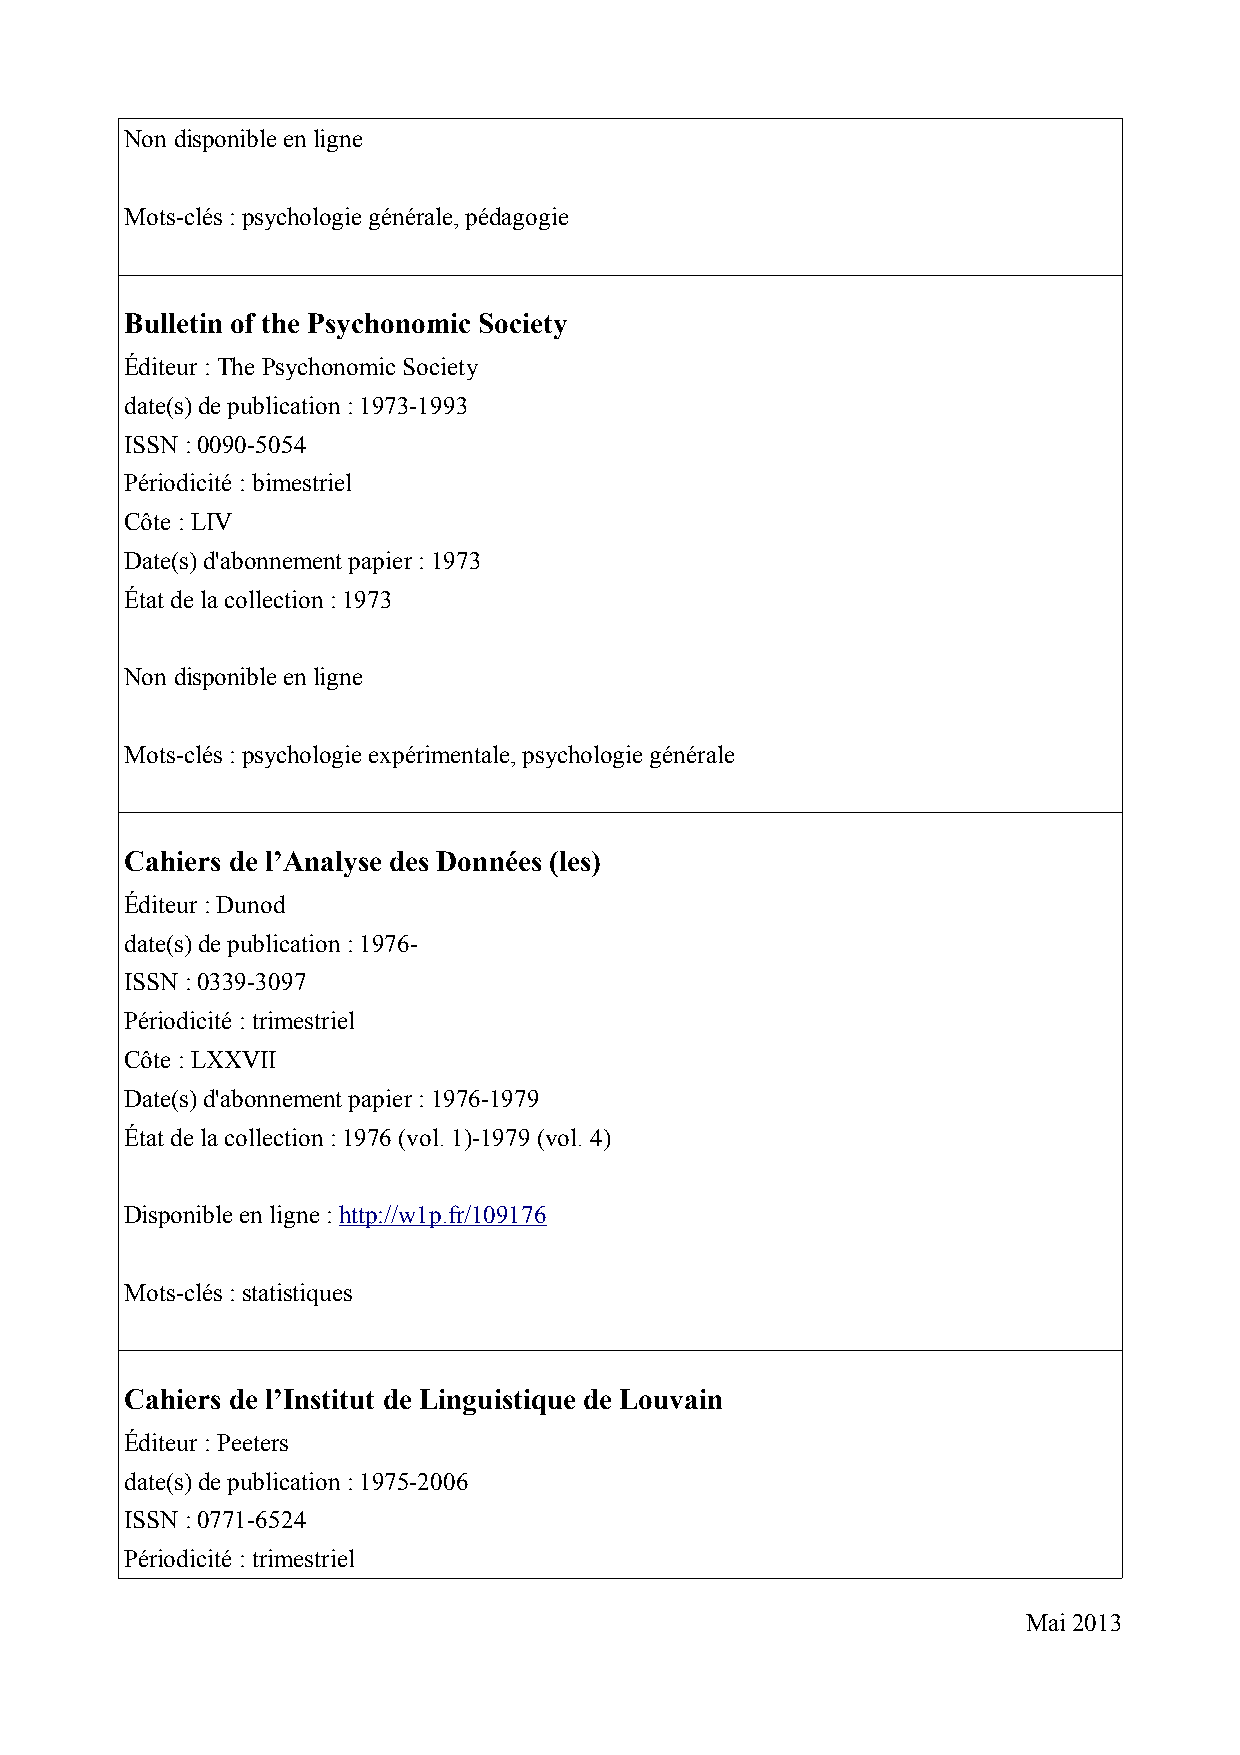
Non disponible en ligne
 Mots-clés : psychologie générale, pédagogie
 Bulletin of the Psychonomic Society
 Éditeur : The Psychonomic Society
 date(s) de publication : 1973-1993
 ISSN : 0090-5054
 Périodicité : bimestriel
 Côte : LIV
 Date(s) d'abonnement papier : 1973
 État de la collection : 1973
 Non disponible en ligne
 Mots-clés : psychologie expérimentale, psychologie générale
 Cahiers de l’Analyse des Données (les)
 Éditeur : Dunod
 date(s) de publication : 1976-
 ISSN : 0339-3097
 Périodicité : trimestriel
 Côte : LXXVII
 Date(s) d'abonnement papier : 1976-1979
 État de la collection : 1976 (vol. 1)-1979 (vol. 4)
 Disponible en ligne : http://w1p.fr/109176
 Mots-clés : statistiques
 Cahiers de l’Institut de Linguistique de Louvain
 Éditeur : Peeters
 date(s) de publication : 1975-2006
 ISSN : 0771-6524
 Périodicité : trimestriel
 Mai 2013